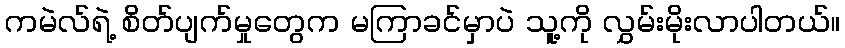
ကမဲလ်ရဲ့ စိတ်ပျက်မှုတွေက မကြာခင်မှာပဲ သူ့ကို လွှမ်းမိုးလာပါတယ်။